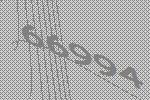
66994